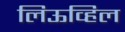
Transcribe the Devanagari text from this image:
लिऊव्हिल